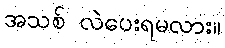
အသစ် လဲပေးရမလား။